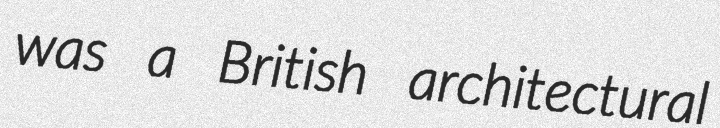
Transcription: was a British architectural